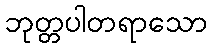
ဘုတ္တပါတရာသော